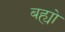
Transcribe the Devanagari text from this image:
बह्यो